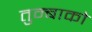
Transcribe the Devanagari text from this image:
तुम्बाको